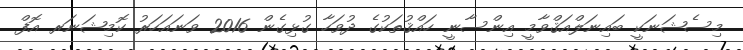
މިސެޝަނަކީ ބައިނަލްއަޤްވާމީ އިންސާނީ ހައްޤުތަކުގެ ދުވަހާ ގުޅިގެން 2016 ވަނައަހަރު ކޮމިޝަނަރ އޮފް